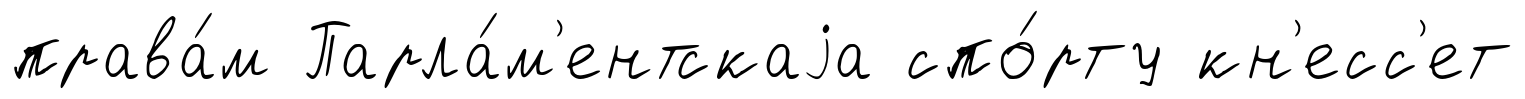
права́м Парла́м'ентскаjа спо́рту кн'есс'ет